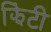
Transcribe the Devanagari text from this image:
झिंटी